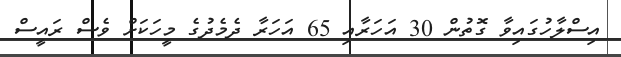
އިސްލާހުގައިވާ ގޮތުން 30 އަހަރާއި 65 އަހަރާ ދެމެދުގެ މީހަކަށް ވެސް ރައީސް